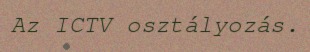
Az ICTV osztályozás.